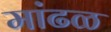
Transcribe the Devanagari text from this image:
मांढळ